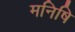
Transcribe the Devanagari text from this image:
मनिषि